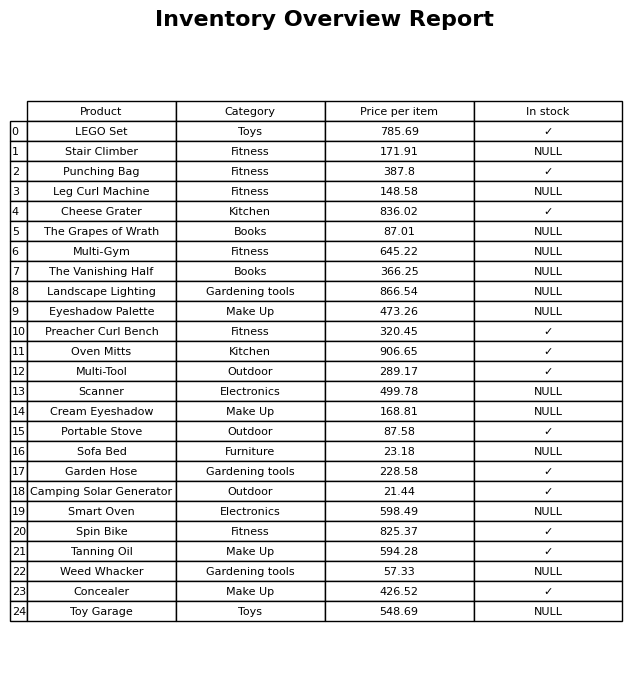
question: Is the Weed Whacker in stock?
answer: NULL